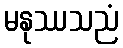
မနုဿသညံ